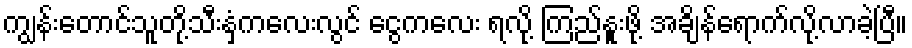
ကျွန်းတောင်သူတို့သီးနှံကလေးလွင် ငွေကလေး ရလို့ ကြည်နူးဖို့ အချိန်ရောက်လို့လာခဲ့ပြီ။